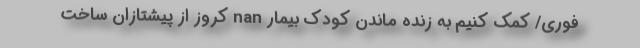
فوری/ کمک کنیم به زنده ماندن کودک بیمار nan کروز از پیشتازان ساخت